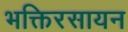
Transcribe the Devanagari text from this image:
भक्तिरसायन